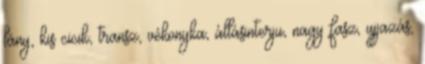
lány, kis cicik, transz, vékonyka, állásinterju, nagy fasz, ujjazás,